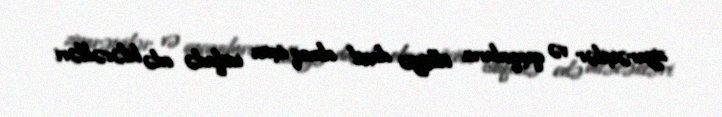
ziyarətçilər və qaçqınların ölkəyə daxil olmaq üçün istifadə edə biləcəkləri